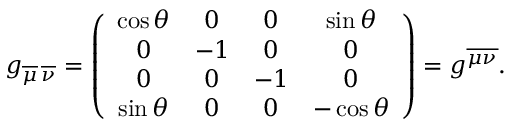
g _ { \overline { { { \mu } } } \, \overline { { { \nu } } } } = \left( \begin{array} { c c c c } { { \cos \theta } } & { { 0 } } & { { 0 } } & { { \sin \theta } } \\ { { 0 } } & { { - 1 } } & { { 0 } } & { { 0 } } \\ { { 0 } } & { { 0 } } & { { - 1 } } & { { 0 } } \\ { { \sin \theta } } & { { 0 } } & { { 0 } } & { { - \cos \theta } } \end{array} \right) = g ^ { \overline { { { \mu \nu } } } } .